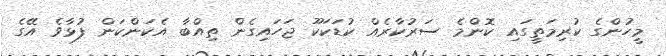
މީހުންގެ ކުރިމަތީގައި ކޮންމެ ސަރުކާރެއް ކުޑަކަކޫ ޖަހައިގެން ތިއްބާ އެކަންކަން ފުޅާވެ އޭގެ